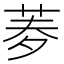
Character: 𦰀